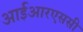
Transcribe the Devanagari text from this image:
आईआरएससी